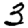
Digit: 3